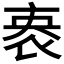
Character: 𬽏